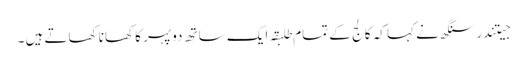
جیتندر سنگھ نے کہا کہ کالج کے تمام طلبقہ ایک ساتھ دوپہر کا کھانا کھاتے ہیں ۔